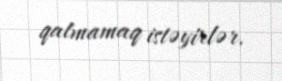
qalmamaq istəyirlər.